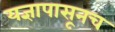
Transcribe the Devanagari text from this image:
यज्ञापासूनच